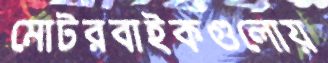
মোটরবাইকগুলোয়